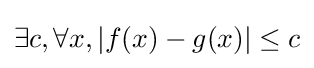
\exists c,\forall x,|f(x)-g(x)|\leq c